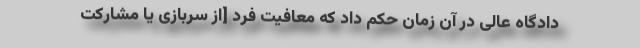
دادگاه عالی در آن زمان حکم داد که معافیت فرد [از سربازی یا مشارکت